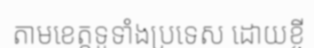
តាមខេត្តទូទាំងប្រទេស ដោយខ្ចី